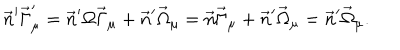
\vec { n } ^ { \prime } \vec { \Gamma } _ { \mu } ^ { \prime } = \vec { n } ^ { \prime } \Omega \vec { \Gamma } _ { \mu } + \vec { n } ^ { \prime } \vec { \Omega } _ { \mu } = \vec { n } \vec { \Gamma } _ { \mu } + \vec { n } ^ { \prime } \vec { \Omega } _ { \mu } = \vec { n } ^ { \prime } \vec { \Omega } _ { \mu } .